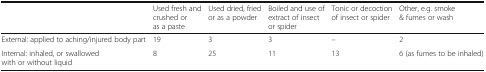
<table><thead><tr><td></td><td><b>Used fresh and crushed or as a paste</b></td><td><b>Used dried, fried or as a powder</b></td><td><b>Boiled and use of extract of insect or spider</b></td><td><b>Tonic or decoction of insect or spider</b></td><td><b>Other, e.g. smoke &amp; fumes or wash</b></td></tr></thead><tbody><tr><td>External: applied to aching/injured body part</td><td>19</td><td>3</td><td>3</td><td>--</td><td>2</td></tr><tr><td>Internal: inhaled, or swallowed with or without liquid</td><td>8</td><td>25</td><td>11</td><td>13</td><td>6 (as fumes to be inhaled)</td></tr></tbody></table>